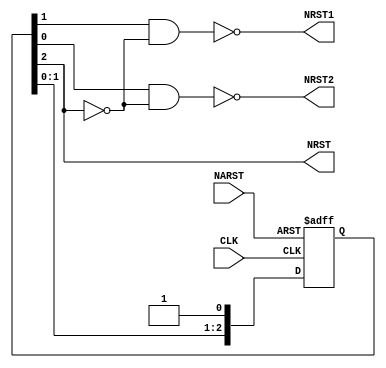
// -------------------------------------------------------
// Module Name: SYNCRSTGEN
// Function: generate synchronous reset
// Version: v1p0, cp from BBPLL202108
// -------------------------------------------------------
module SYNCRSTGEN_N (
CLK,
NARST,
NRST,
NRST1,
NRST2
);

input CLK;
input NARST;
output NRST;
output NRST1;
output NRST2;

reg [2:0] rgt;

assign NRST = rgt[2];
assign NRST1 = ~(rgt[1] & (~rgt[2]));
assign NRST2 = ~(rgt[0] & (~rgt[2]));

always @ (negedge CLK or negedge NARST) begin
	if (!NARST) begin
		rgt <= 3'b000;
	end else begin
		rgt <= {rgt[1:0], 1'b1};
	end
end

endmodule